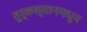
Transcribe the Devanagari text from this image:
तुर्कस्तानमधून